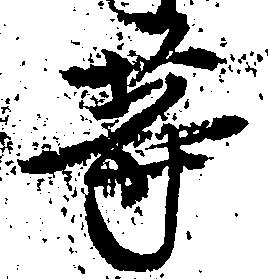
等